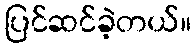
ပြင်ဆင်ခဲ့တယ်။